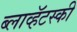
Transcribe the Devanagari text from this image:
ब्लाव्हॅटस्की